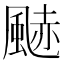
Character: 䬉